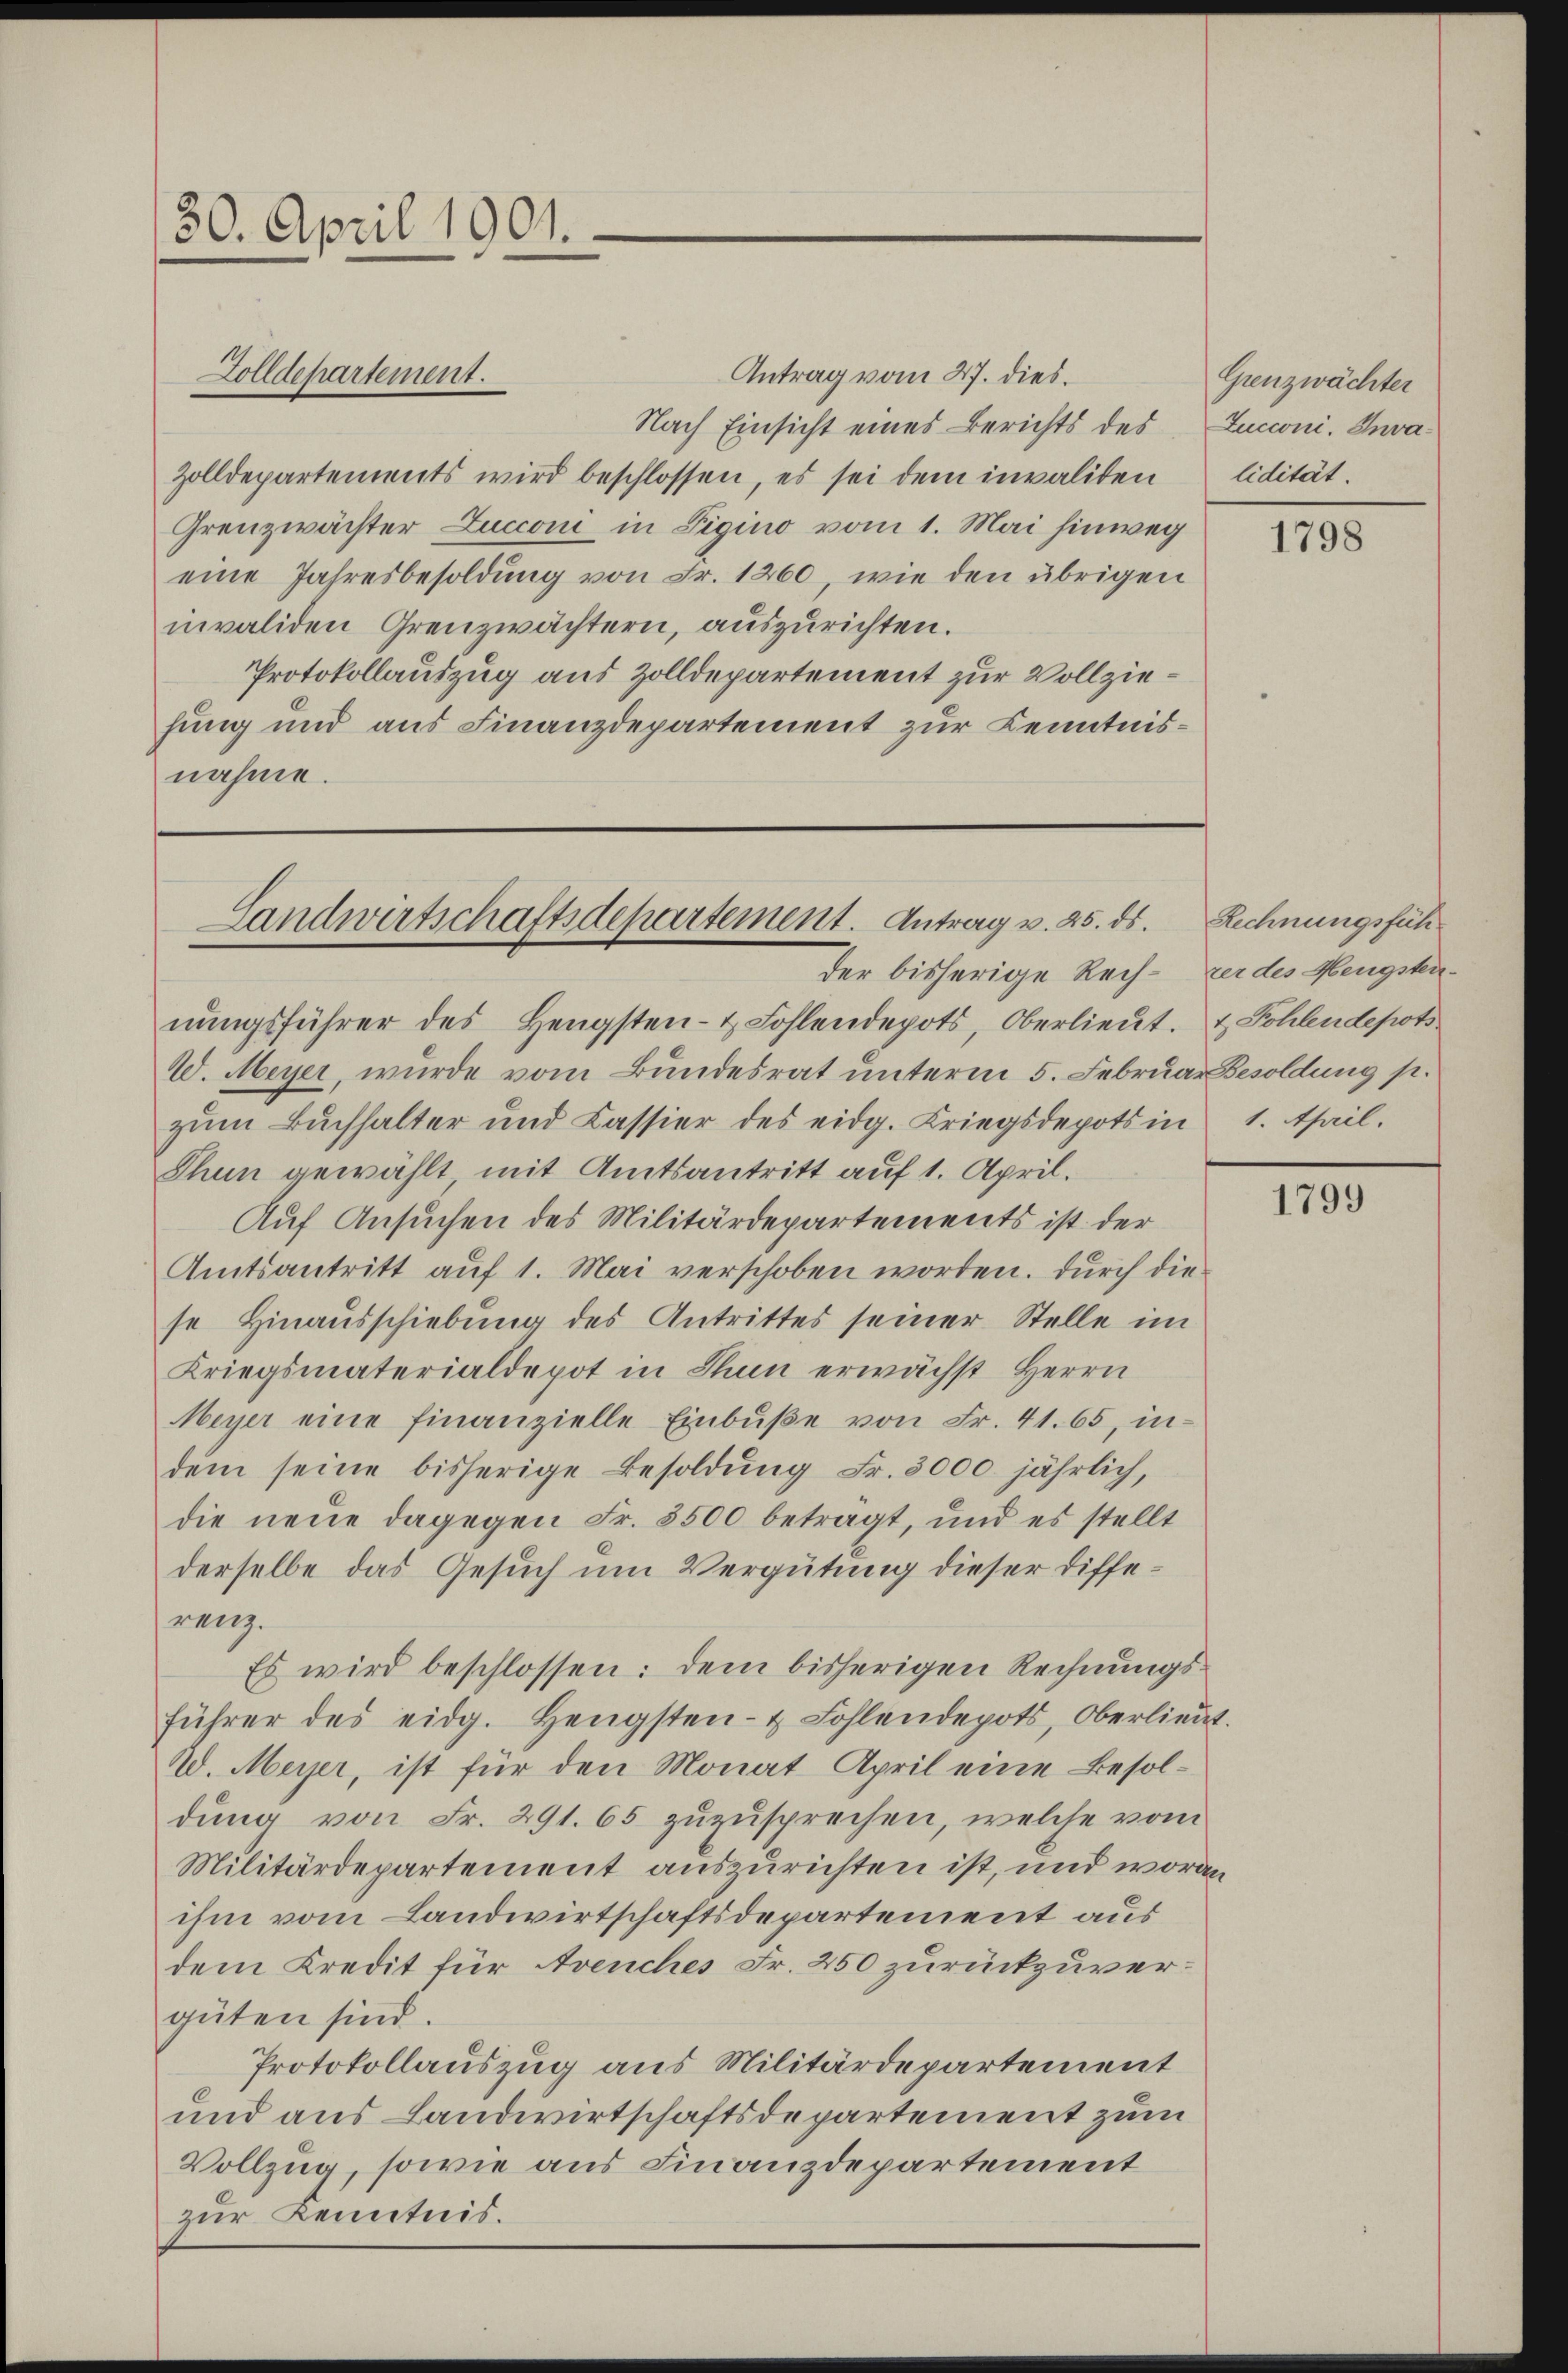
30. April 1901.

Antrag vom 27. dies.
Nach Einsicht eines Berichts des
Zolldepartements wird beschlossen, es sei dem invaliden
Grenzwächter Lucconi in Figino vom 1. Mai hinweg
eine Jahresbesoldung von Fr. 1260, wie den übrigen
invaliden Grenzwächtern, auszurichten.
Protokollauszug aus Zolldepartement zur Vollziefung und aus Finanzdepartement zur Kenntnisnahme.

Zolldepartement.

Landwirtschaftsdepartement. Antrag v. 25. ds. Rechnungsfühder bisherige Rech- zer des Hengsten¬

nŭngsführer des Hengsten- & Fohlendepots, Oberlieŭt. & Pohlendepots
W. Meyer, wurde vom Bundesrat unterm 5. Februar Besoldung p.
zŭm Bŭchhalter und Cassier des eidg. Kriegsdepots in 1. April.
Thun gewählt mit Amtsantritt auf 1. April.
Auf Ansuchen des Militärdepartements ist der
Amtsantritt auf 1. Mai verschoben worden. Durch die
se Hinausschiebung des Antrittes seiner Stelle im
Kriegsmaterialdepot in Thun erwächst Herrn
Meyer eine finanzielle Einbŭβe von Fr. 41. 65, in-
dem seine bisherige Besoldung Fr. 3000. jährlich,
die neue dagegen Fr. 5500 betragt, und es stellt
derselbe das Gesuch um Vergütung dieser Differenz.
Es wird beschlossen: dem bisherigen Rechnungsführer des eidg. Hengsten- & Fohlendepots, Oberlieut.
W. Meyer, ist für den Monat April eine Besoldung von Fr. 291. 65 zuzusprechen, welche vom
Militärdepartement auszurichten ist, und woran
ihm vom Landwirtschaftsdepartement aus
dem Kredit für Avenches Fr. 250 zurückzuvergüten sind.
Protokollauszug aus Militärdepartement
und aus Landwirtschaftsdepartement zum
Vollzug, sowie aus Finanzdepartement
zur Kenntnis.

Grenzwächter
Zucconi. Invalidität

1798

1799